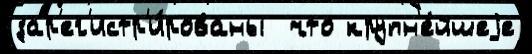
зар'ег'истр'и́рованы  что крупн'е́йшеjе